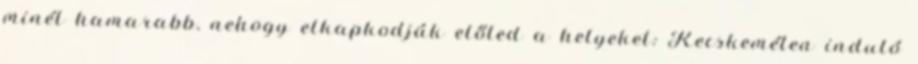
minél hamarabb, nehogy elkapkodják előled a helyeket: Kecskeméten induló